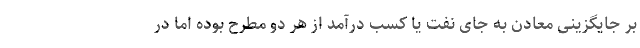
بر جایگزینی معادن به جای نفت یا کسب درآمد از هر دو مطرح بوده اما در